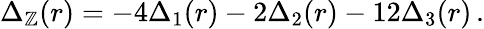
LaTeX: \Delta_{\mathbb{Z}}(r)=-4\Delta_{1}(r)-2\Delta_{2}(r)-12\Delta_{3}(r)\, .